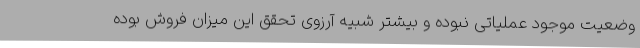
وضعیت موجود عملیاتی نبوده و بیشتر شبیه آرزوی تحقق این میزان فروش بوده